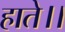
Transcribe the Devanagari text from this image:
हाते।।